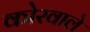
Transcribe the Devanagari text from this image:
कोरवाले